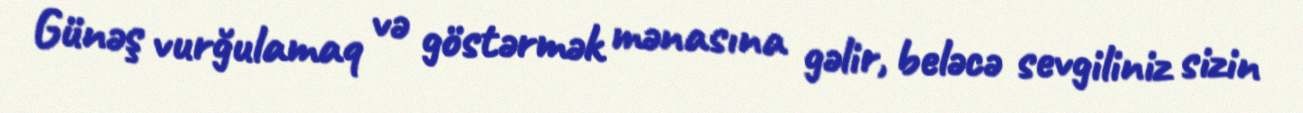
Günəş vurğulamaq və göstərmək mənasına gəlir, beləcə sevgiliniz sizin